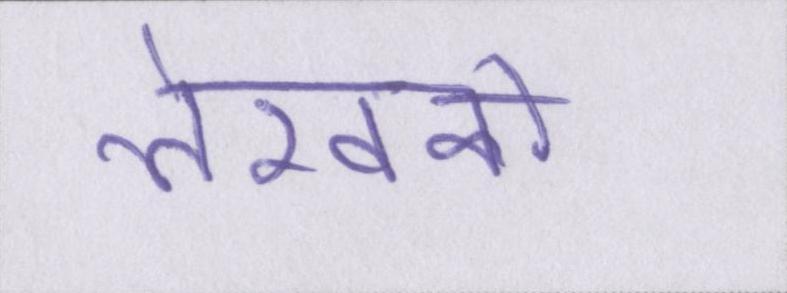
लेखकों